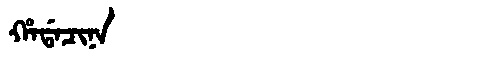
Manchu: ᡥᠠᡩᠠᠴᡳᠨᠠ
Romanization: HADACINA